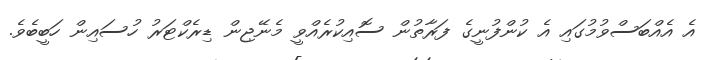
އެ އެއްބަސްވުމުގައި އެ ކުންފުނީގެ ފަރާތުން ސޮއިކުރެއްވީ މެނޭޖިން ޑިރެކްޓަރު ހުސައިން ހަބީބެވެ.